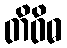
တိဝိဓ